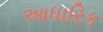
આધારિક